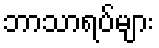
ဘာသာရပ်များ